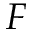
F